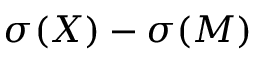
\sigma ( X ) - \sigma ( M )